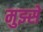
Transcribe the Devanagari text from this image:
मुझ्से